General report no. 6 on the lunatic asylums, vaccination and dispensaries in the Bengal Presidency, 1873 -
Year: 1873
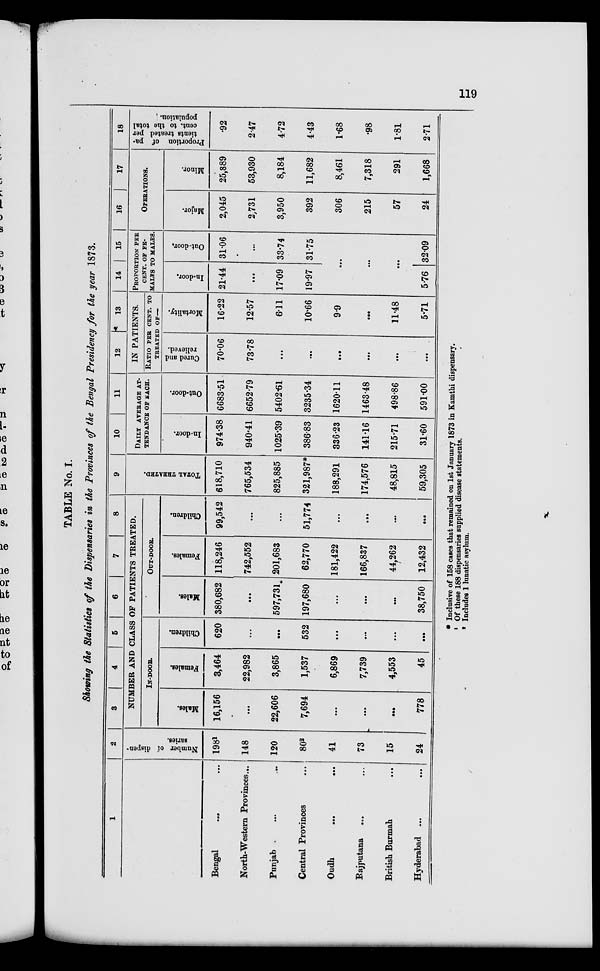
119
TABLE No. I.
Showing the Statistics of the Dispensaries in the Provinces of the Bengal Presidency for the year 1873.
1
Bengal
... ...
North-Western Provinces...
Punjab
...
...
...
Central Provinces ...
Oudh ... ...
Rajputana ... ...
British Burmah ...
Hyderabad ...
...
2
Number of dispen-
saries.
198 1
148
120
80 2
41
73
15
24
3
4
5
6
7
8
NUMBER AND CLASS OF PATIENTS TREATED.
IN-DOOR.
Males.
16,156
...
22,606
7,694
...
...
...
778
Females.
3,464
22,982
3,865
1,537
6,869
7,739
4,553
45
Children.
620
...
...
532
...
...
...
...
OUT-DOOR.
Males.
380,682
...
597,731
197,680
...
...
...
38,750
Females.
118,246
742,552
201,683
62,770
181,422
166,837
44,262
12,432
Children.
99,542
...
...
51,774
...
...
...
...
9
TOTAL TREATED.
618,710
765,534
825,885
321,987*
188,291
174,576
48,815
59,305
10
11
DAILY AVERAGE AT-
TENDANCE OF EACH.
In-door.
974.38
940.41
1025.39
386.83
336.23
141.16
215.71
31.60
Out-door.
6683.51
6652.79
5402.61
3235.34
1620.11
1463.48
498.86
591.00
12
13
IN PATIENTS.
RATIO PER CENT. TO
TREATED OF—
Cured and
relieved.
70.06
73.78
...
...
...
...
...
...
Mortality.
16.22
12.57
6.11
10.66
9.9
...
11.48
5.71
14
15
PROPORTION PER
CENT. OF FE-
MALES TO MALES.
In-door.
21.44
...
17.09
19.97
Out-door.
31.06
...
33.74
31.75
...
...
...
5.76 32.09
16
17
OPERATIONS.
Major.
2,045
2,731
3,950
392
306
215
57
24
Minor.
25,889
53,930
8,184
11,682
8,461
7,318
291
1,668
18
Proportion of pa-
tients treated per
cent.
to the total
population.
.92
2.47
4.72
4.43
1.68
.98
1.81
2.71
* Inclusive of 158 cases that remained on 1st January 1873 in Kamthi dispensary.
1 Of these 188 dispensaries supplied disease statements.
2 Includes 1 lunatic asylum.